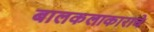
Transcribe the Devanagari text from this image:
बालकलाकाराचे